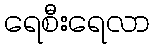
ရေစီးရေလာ